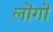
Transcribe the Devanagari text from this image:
लॊगॊ